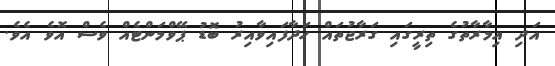
އަދި އިމާރާތުގެ ތިރީގައި ގަރާޖުތައް ހަދާފައިވާއިރު ބޮޑު ޕޭވްމަންޓެއް ވެސް އޮވެ އެވެ.